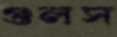
গুলস